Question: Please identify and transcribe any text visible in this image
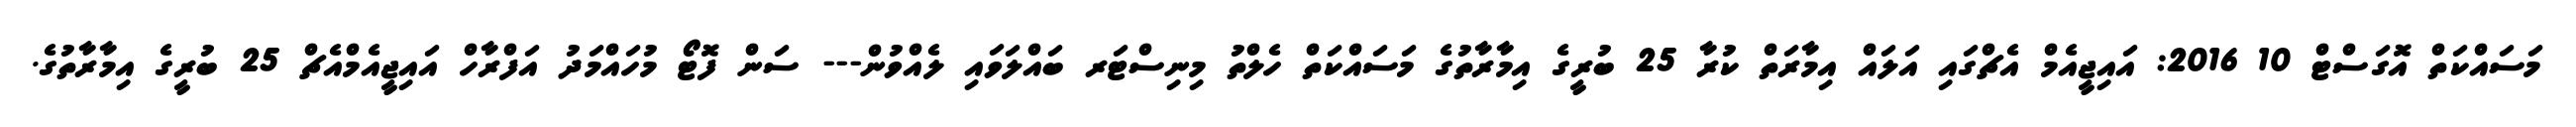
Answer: މަސައްކަތް އޮގަސްޓް 10 2016: އައިޖީއެމް އެޗްގައި އަލައް އިމާރަތް ކުރާ 25 ބުރީގެ އިމާރާތުގެ މަސައްކަތް ހެލްތު މިނިސްޓަރ ބައްލަވައި ލެއްވުން--- ސަން ފޮޓޯ މުހައްމަދު އަފްރާހް އައިޖީއެމްއެޗް 25 ބުރީގެ އިމާރާތުގެ.